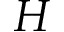
H